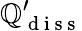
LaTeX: \mathbb{Q}_{\mathrm{{~d~i~s~s~}}}^{\prime}